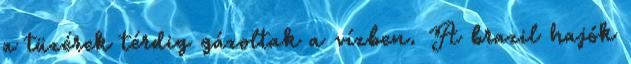
a tüzérek térdig gázoltak a vízben. A brazil hajók